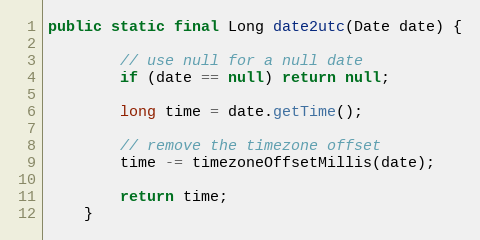
Language: Java
public static final Long date2utc(Date date) {

        // use null for a null date
        if (date == null) return null;

        long time = date.getTime();

        // remove the timezone offset
        time -= timezoneOffsetMillis(date);

        return time;
    }